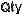
QTY